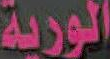
الورية